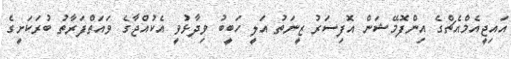
އައިޖީއެމްއެޗްގެ އިންފޮމޭޝަން އޮފިސަރު ޒީނަތު އަލީ ހަބީބު ވިދާޅުވީ އެކުއްޖާގެ ވައަތްފަރާތު ބުރަކަށީގެ